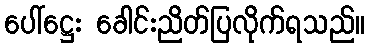
ပေါ်ဋ္ဌေး ခေါင်းညိတ်ပြလိုက်ရသည်။